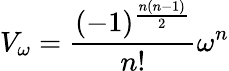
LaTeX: V_{\omega}=\frac{(-1)^{\frac{n(n-1)}{2}}}{n!}\omega^{n}